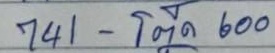
741 -  - โต๊ด 600